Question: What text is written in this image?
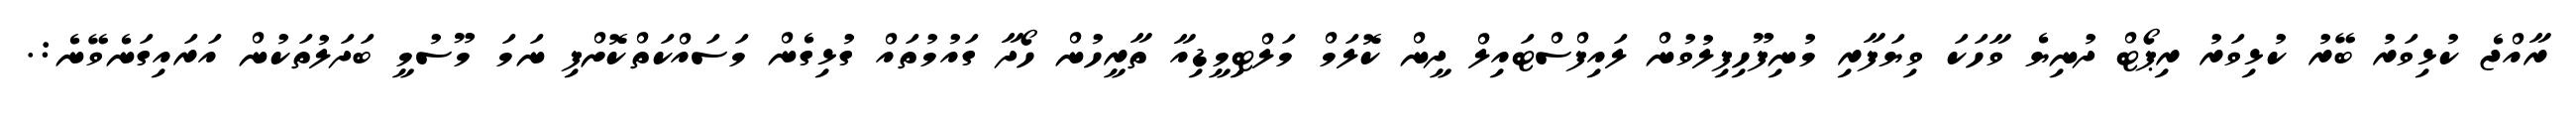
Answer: ރާއްޖެ ކުޅިވަރު ބޭރު ކުޅިވަރު ރިޕޯޓް ދުނިޔެ ވާހަކަ ވިޔަފާރި މުނިފޫހިފިލުވުން ލައިފްސްޓައިލް ދީން ކޮލަމް މަލްޓިމީޑިއާ ތާރީހުން ހޯދާ ގައުމުތައް ގުޅިގެން މަސައްކަތްކޮށްފި ނަމަ މޫސުމީ ބަދަލުތަކުން އަރައިގަނެވޭނެ:.